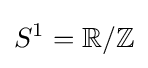
S^{1}=\mathbb {R} /\mathbb {Z}